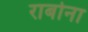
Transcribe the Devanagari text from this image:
राबोना